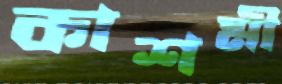
কাশমী